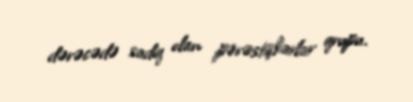
dərəcədə sadiq olan pərəstişkarlar qrupu.